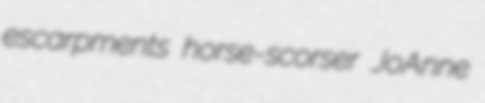
escarpments horse-scorser JoAnne